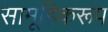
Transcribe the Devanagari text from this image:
सामूहिकरूप